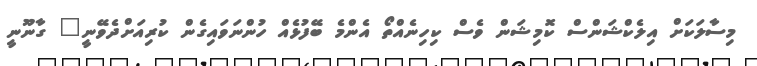
މިސާލަކަށް އިލެކްޝަންސް ކޮމިޝަން ވެސް ކިހިނެއްތޯ އެންމެ ބޭފުޅެއް ހުންނަވައިގެން ކުރިއަށްދެވޭނީ" ގާނޫނީ